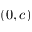
( 0 , c )